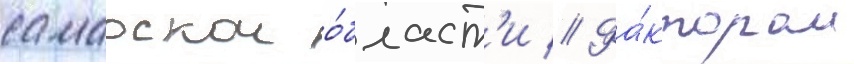
самарскои о́бласт'и // Фа́ктором